Lunatic asylums in Bengal annual reports 1888-1898 - 1888-1898
Year: 1888
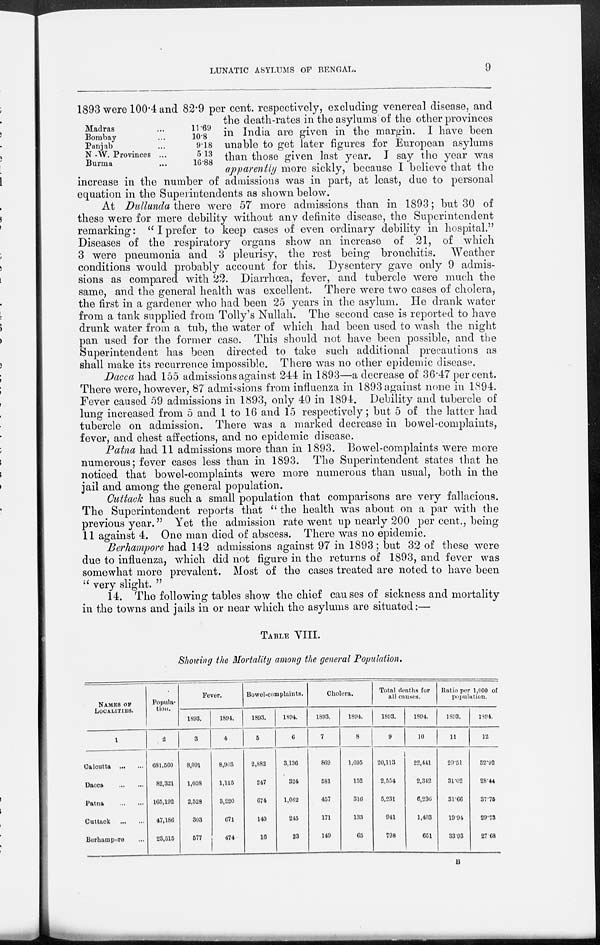
LUNATIC ASYLUMS OF BENGAL.
9
1893 were 100.4 and 82.9 per cent. respectively, excluding venereal disease, and
the death-rates in the asylums of the other provinces
in India are given in the margin. I have been
unable to get later figures for European asylums
than those given last year. I say the year was
apparently more sickly, because I believe that the
increase in the number of admissions was in part, at least, due to personal
equation in the Superintendents as shown below.
At Dullunda there were 57 more admissions than in 1893; but 30 of
these were for mere debility without any definite disease, the Superintendent
remarking: " I prefer to keep cases of even ordinary debility in hospital."
Diseases of the respiratory organs show an increase of 21, of which
3 were pneumonia and 3 pleurisy, the rest being bronchitis.
Weather
conditions would probably account for this. Dysentery gave only 9 admis-
sions as compared with 22. Diarrhœa, fever, and tubercle were much the
same, and the general health was excellent. There were two cases of cholera,
the first in a gardener who had been 25 years in the asylum. He drank water
from a tank supplied from Tolly's Nullah. The second case is reported to have
drunk water from a tub, the water of which had been used to wash the night
pan used for the former case. This should not have been possible, and the
Superintendent has been directed to take such additional precautions as
shall make its recurrence impossible. There was no other epidemic disease.
Dacca had 155 admissions against 244 in 1893—a decrease of 36.47 per cent.
There were, however, 87 admissions from influenza in 1893 against none in 1894.
Fever caused 59 admissions in 1893, only 40 in 1894. Debility and tubercle of
lung increased from 5 and 1 to 16 and 15 respectively; but 5 of the latter had
tubercle on admission. There was a marked decrease in bowel-complaints,
fever, and chest affections, and no epidemic disease.
Patna had 11 admissions more than in 1893. Bowel-complaints were more
numerous; fever cases less than in 1893. The Superintendent states that he
noticed that bowel-complaints were more numerous than usual, both in the
jail and among the general population.
Cuttack has such a small population that comparisons are very fallacious.
The Superintendent reports that " the health was about on a par with the
previous year." Yet the admission rate went up nearly 200 per cent., being
11 against 4. One man died of abscess. There was no epidemic.
Berhampore had 142 admissions against 97 in 1893; but 32 of these were
due to influenza, which did not figure in the returns of 1893, and fever was
somewhat more prevalent. Most of the cases treated are noted to have been
" very slight. "
14. The following tables show the chief causes of sickness and mortality
in the towns and jails in or near which the asylums are situated:—
Madras ...
Bombay...
Panjab...
N - W. Provinces ...
Burma ...
11.69
10.8
9.18
5.13
16.88
TABLE VIII.
Showing the Mortality among the general Population.
NAMES OF
LOCALITIES.
1
Calcutta
...
...
Dacca
...
...
Patna
...
...
Cuttack
...
...
Berhampore ...
Popula-
tion.
2
681,560
82,321
165,192
47,186
23,515
Fever.
1893.
3
8,091
1,038
2,528
303
577
1894.
4
8,963
1,115
3,220
671
474
Bowel-complaints.
1893.
5
2,882
247
674
140
16
1894.
6
3,136
324
1,062
245
23
Cholera.
1893.
7
869
581
457
171
149
1894.
8
1,695
152
316
133
65
Total deaths for
all causes.
1893.
9
20,113
2,554
5,231
941
798
1894.
10
22,441
2,342
6,236
1,403
651
Ratio per 1,000 of
population.
1893.
11
29.51
31.02
31.66
19.94
33.93
1894.
12
32.92
28.44
37.75
29.73
27.68
B